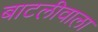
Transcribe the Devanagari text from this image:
बाटलीवाला